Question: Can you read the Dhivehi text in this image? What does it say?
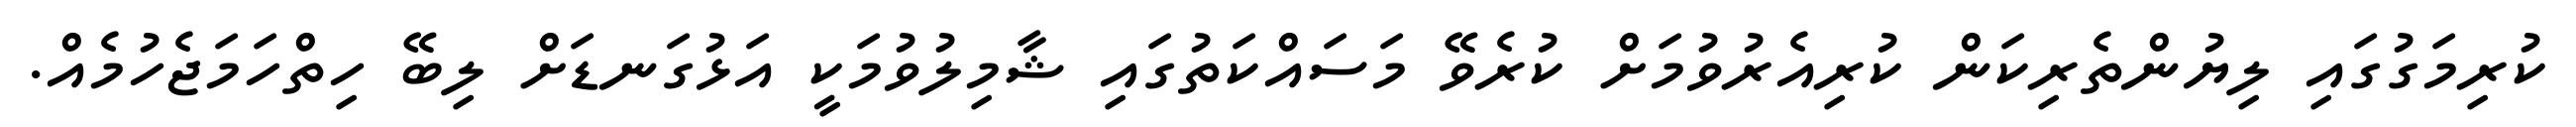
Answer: ކުރިމަގުގައި ލިޔުންތެރިކަން ކުރިއެރުވުމަށް ކުރެވޭ މަސައްކަތުގައި ޝާމިލުވުމަކީ އަޅުގަނޑަށް ލިބޭ ހިތްހަމަޖެހުމެއް.